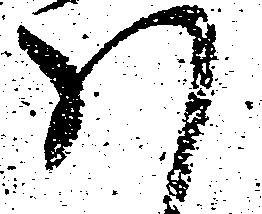
ハ